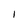
Character: 1